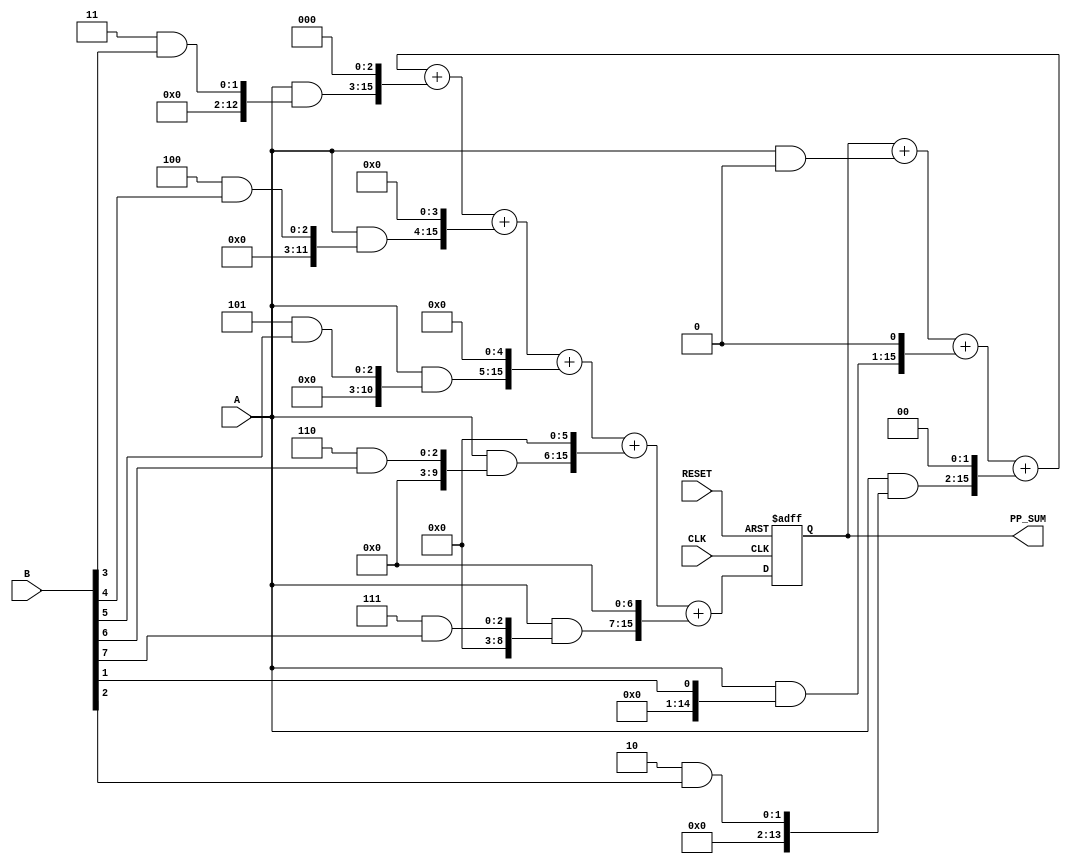
module partial_product_accumulator #(
    parameter A_WIDTH = 8, // Width of first multiplicand
    parameter B_WIDTH = 8  // Width of second multiplicand
)(
    input wire [A_WIDTH-1:0] A,        // First multiplicand
    input wire [B_WIDTH-1:0] B,        // Second multiplicand
    input wire CLK,                     // Clock signal
    input wire RESET,                   // Reset signal
    output reg [A_WIDTH+B_WIDTH-1:0] PP_SUM // Accumulated sum of partial products
);

// Internal signals for partial products
reg [A_WIDTH+B_WIDTH-1:0] partial_products[B_WIDTH-1:0];

integer i;

// Generate partial products
always @(*) begin
    for (i = 0; i < B_WIDTH; i = i + 1) begin
        partial_products[i] = A & { {A_WIDTH{i}} & B[i] }; // AND with shifted version of A
    end
end

// Accumulate partial products on clock edge
always @(posedge CLK or posedge RESET) begin
    if (RESET) begin
        PP_SUM <= 0; // Reset the accumulator
    end else begin
        PP_SUM <= 0; // Start accumulation
        for (i = 0; i < B_WIDTH; i = i + 1) begin
            PP_SUM = PP_SUM + (partial_products[i] << i); // Shift and accumulate
        end
    end
end

endmodule